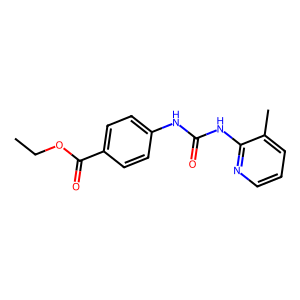
SMILES: CCOC(=O)c1ccc(NC(=O)Nc2ncccc2C)cc1
Inhibits HIV replication: No